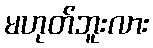
မဟုတ်ဘူးလား